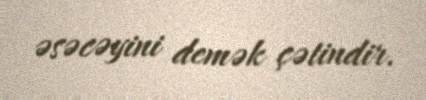
əsəcəyini demək çətindir.